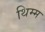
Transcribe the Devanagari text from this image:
थिम्म